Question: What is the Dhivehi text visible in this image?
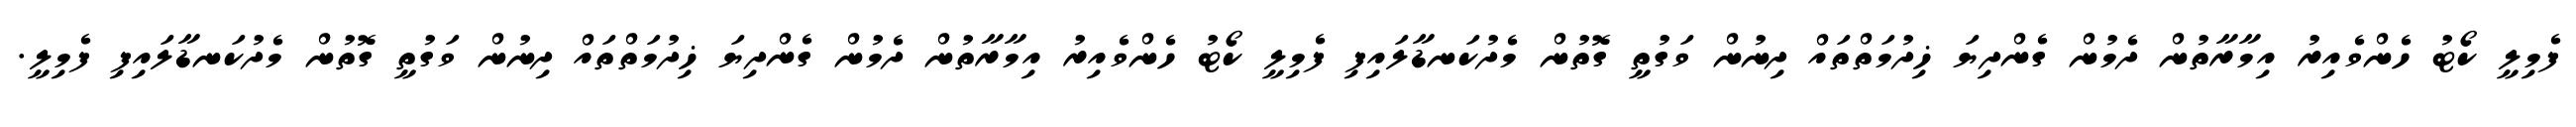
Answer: ފެމިލީ ކޯޓު ހެންވެއިރު އިމާރާތުން ދެމުން ގެންދިޔަ ޚިދުމަތްތައް ދިނުން ވަގުތީ ގޮތުން މެދުކަނޑާލައިފި ފެމިލީ ކޯޓު ހެންވެއިރު އިމާރާތުން ދެމުން ގެންދިޔަ ޚިދުމަތްތައް ދިނުން ވަގުތީ ގޮތުން މެދުކަނޑާލައިފި ފެމިލީ.